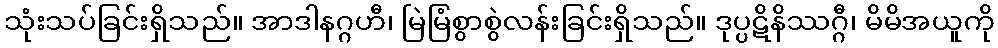
သုံးသပ်ခြင်းရှိသည်။ အာဒါနဂ္ဂဟီ၊ မြဲမြံစွာစွဲလန်းခြင်းရှိသည်။ ဒုပ္ပဋိနိဿဂ္ဂီ၊ မိမိအယူကို